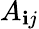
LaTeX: A_{\mathbf{i}j}